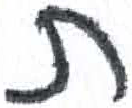
אות: ת